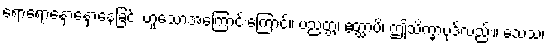
ရောရောနှောနှောနေခြင်း ဟူသောအကြောင်းကြောင့်။ ပညတ္တံ၊ ဧတ္ထာပိ၊ ဤသိက္ခာပုဒ်လည်း။ သေသံ၊